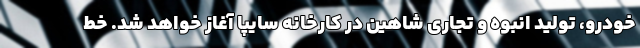
خودرو، تولید انبوه و تجاری شاهین در کارخانه سایپا آغاز خواهد شد. خط